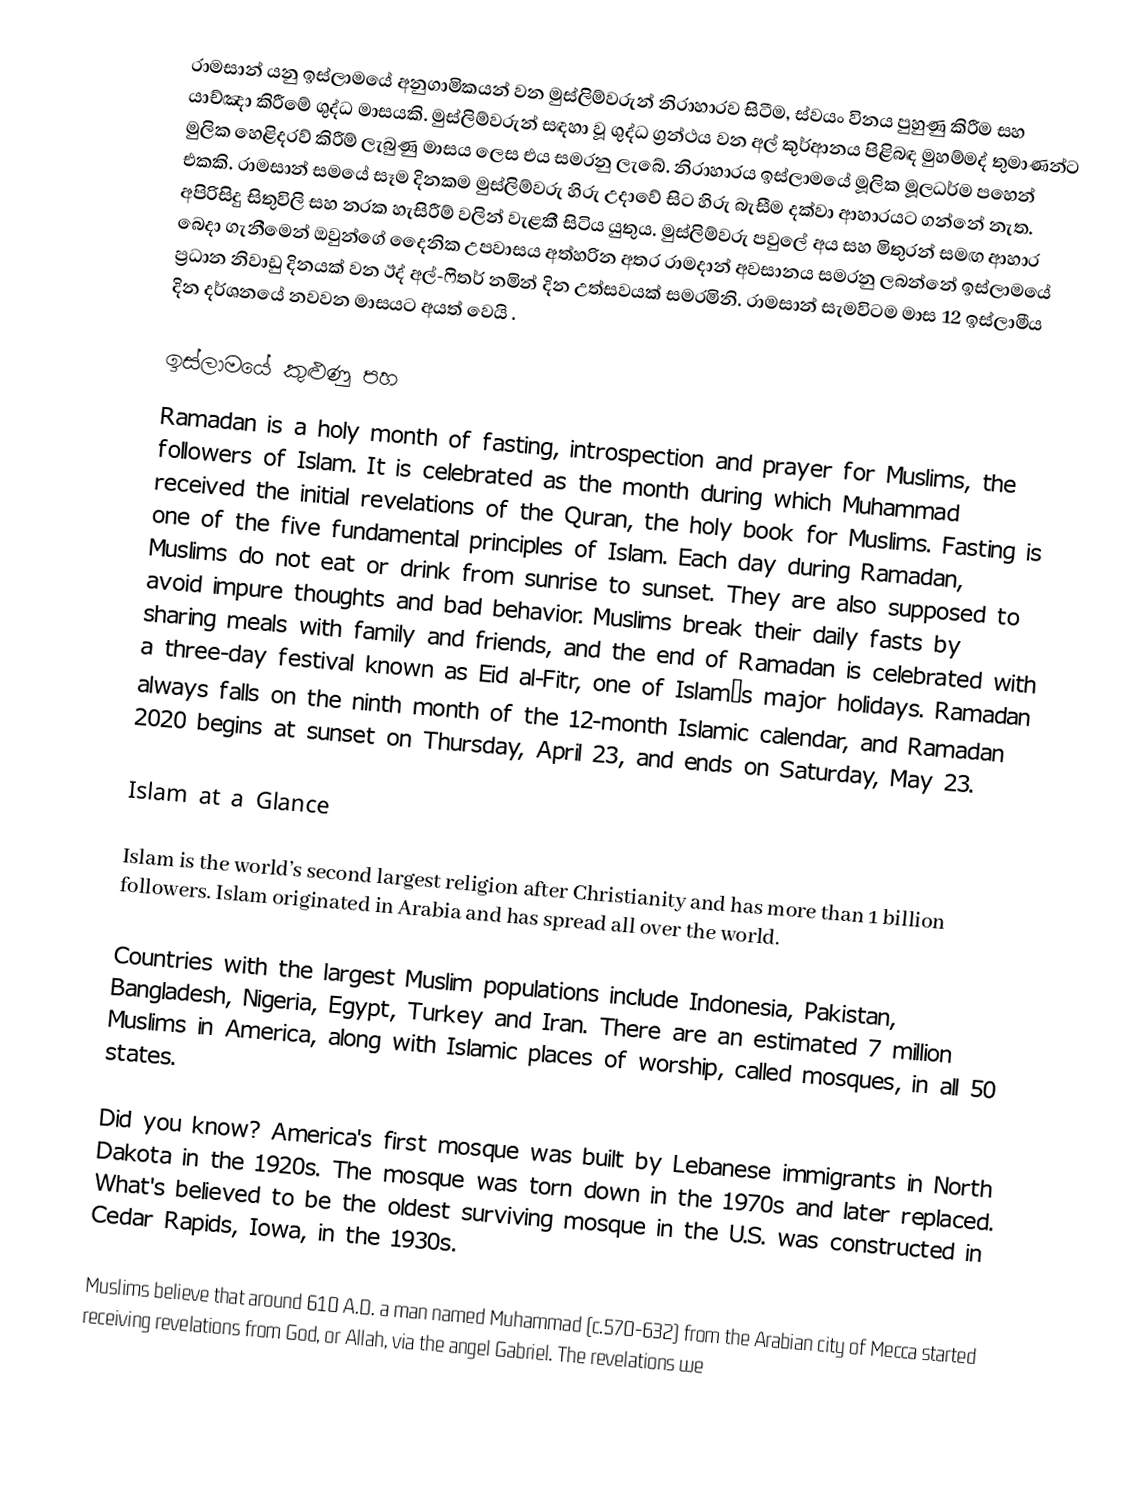
රාමසාන් යනු ඉස්ලාමයේ අනුගාමිකයන් වන මුස්ලිම්වරුන්  නිරාහාරව සිටීම, ස්වයං විනය පුහුණු  කිරීම සහ යාච්ඤා  කිරීමේ ශුද්ධ මාසයකි. මුස්ලිම්වරුන් සඳහා වූ ශුද්ධ ග්‍රන්ථය වන අල් කුර්ආනය පිළිබඳ මුහම්මද් තුමාණන්ට මුලික හෙළිදරව් කිරීම් ලැබුණු මාසය ලෙස එය සමරනු ලැබේ. නිරාහාරය ඉස්ලාමයේ මූලික මූලධර්ම පහෙන් එකකි. රාමසාන් සමයේ සෑම දිනකම මුස්ලිම්වරු හිරු උදාවේ සිට හිරු බැසීම දක්වා ආහාරයට ගන්නේ නැත. අපිරිසිදු සිතුවිලි සහ නරක හැසිරීම් වලින් වැළකී සිටිය යුතුය. මුස්ලිම්වරු පවුලේ අය සහ මිතුරන් සමඟ ආහාර බෙදා ගැනීමෙන් ඔවුන්ගේ දෛනික උපවාසය අත්හරින අතර රාමදාන් අවසානය සමරනු ලබන්නේ ඉස්ලාමයේ ප්‍රධාන නිවාඩු දිනයක් වන ඊද් අල්-ෆිතර් නමින් දින  උත්සවයක් සමරමිනි. රාමසාන් සැමවිටම මාස 12 ඉස්ලාමීය දින දර්ශනයේ නවවන මාසයට අයත් වෙයි .

ඉස්ලාමයේ කුළුණු පහ
Ramadan is a holy month of fasting, introspection and prayer for Muslims, the followers of Islam. It is celebrated as the month during which Muhammad received the initial revelations of the Quran, the holy book for Muslims. Fasting is one of the five fundamental principles of Islam. Each day during Ramadan, Muslims do not eat or drink from sunrise to sunset. They are also supposed to avoid impure thoughts and bad behavior. Muslims break their daily fasts by sharing meals with family and friends, and the end of Ramadan is celebrated with a three-day festival known as Eid al-Fitr, one of Islam’s major holidays. Ramadan always falls on the ninth month of the 12-month Islamic calendar, and Ramadan 2020 begins at sunset on Thursday, April 23, and ends on Saturday, May 23.

Islam at a Glance

Islam is the world’s second largest religion after Christianity and has more than 1 billion followers. Islam originated in Arabia and has spread all over the world.

Countries with the largest Muslim populations include Indonesia, Pakistan, Bangladesh, Nigeria, Egypt, Turkey and Iran. There are an estimated 7 million Muslims in America, along with Islamic places of worship, called mosques, in all 50 states.

Did you know? America's first mosque was built by Lebanese immigrants in North Dakota in the 1920s. The mosque was torn down in the 1970s and later replaced. What's believed to be the oldest surviving mosque in the U.S. was constructed in Cedar Rapids, Iowa, in the 1930s.

Muslims believe that around 610 A.D. a man named Muhammad (c.570-632) from the Arabian city of Mecca started receiving revelations from God, or Allah, via the angel Gabriel. The revelations we